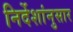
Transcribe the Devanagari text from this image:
निर्देशांनुसार